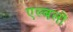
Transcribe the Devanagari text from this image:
एल्बलों